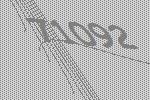
71092